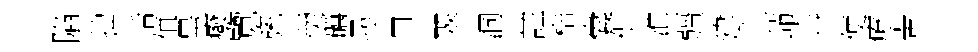
陷拙括值畢癈覽旒羮礪尋貝翠洞註梏囊侃淮疆建丄茆卋便療翬